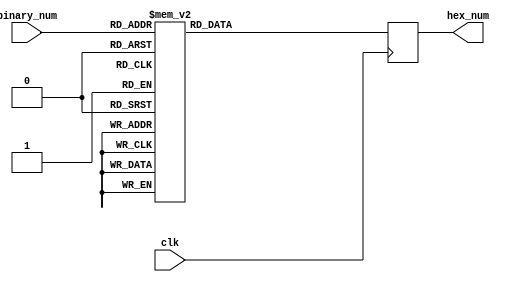
module hex_decoder(input clk, input [3:0] binary_num, output reg [6:0] hex_num);
always @(posedge clk)
	begin
		case (binary_num)
			4'd0:
				  hex_num <= 7'b1000000;			
			4'd1:
				  hex_num <= 7'b1111001;
			4'd2:
				  hex_num <= 7'b0100100;
			4'd3:
				  hex_num <= 7'b0110000;
			4'd4:
				  hex_num <= 7'b0011001;
			4'd5:
				  hex_num <= 7'b0010010;
			4'd6:
				  hex_num <= 7'b0000010;
			4'd7:
				  hex_num <= 7'b1111000;
			4'd8:
				  hex_num <= 7'b0000000;
			4'd9:
				  hex_num <= 7'b0010000;
			4'd10:
				  hex_num <= 7'b1000000;
			4'd11:
				  hex_num <= 7'b1111001;
			4'd12:
				  hex_num <= 7'b0100100;
			4'd13:
				  hex_num <= 7'b0110000;
			4'd14:
				  hex_num <= 7'b0011001;
			4'd15:
				  hex_num <= 7'b0010010;
		endcase
	end
endmodule